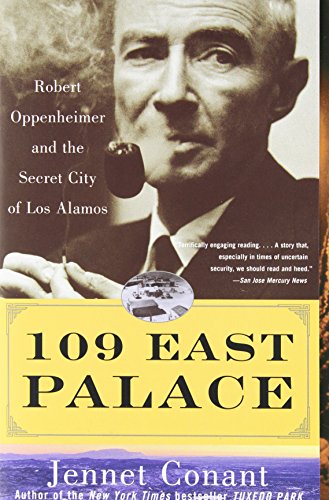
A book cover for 109 East Palace: Robert Oppenheimer and the Secret City of Los Alamos; Jennet Conant; History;